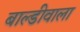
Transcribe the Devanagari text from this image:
बाल्डीवाला